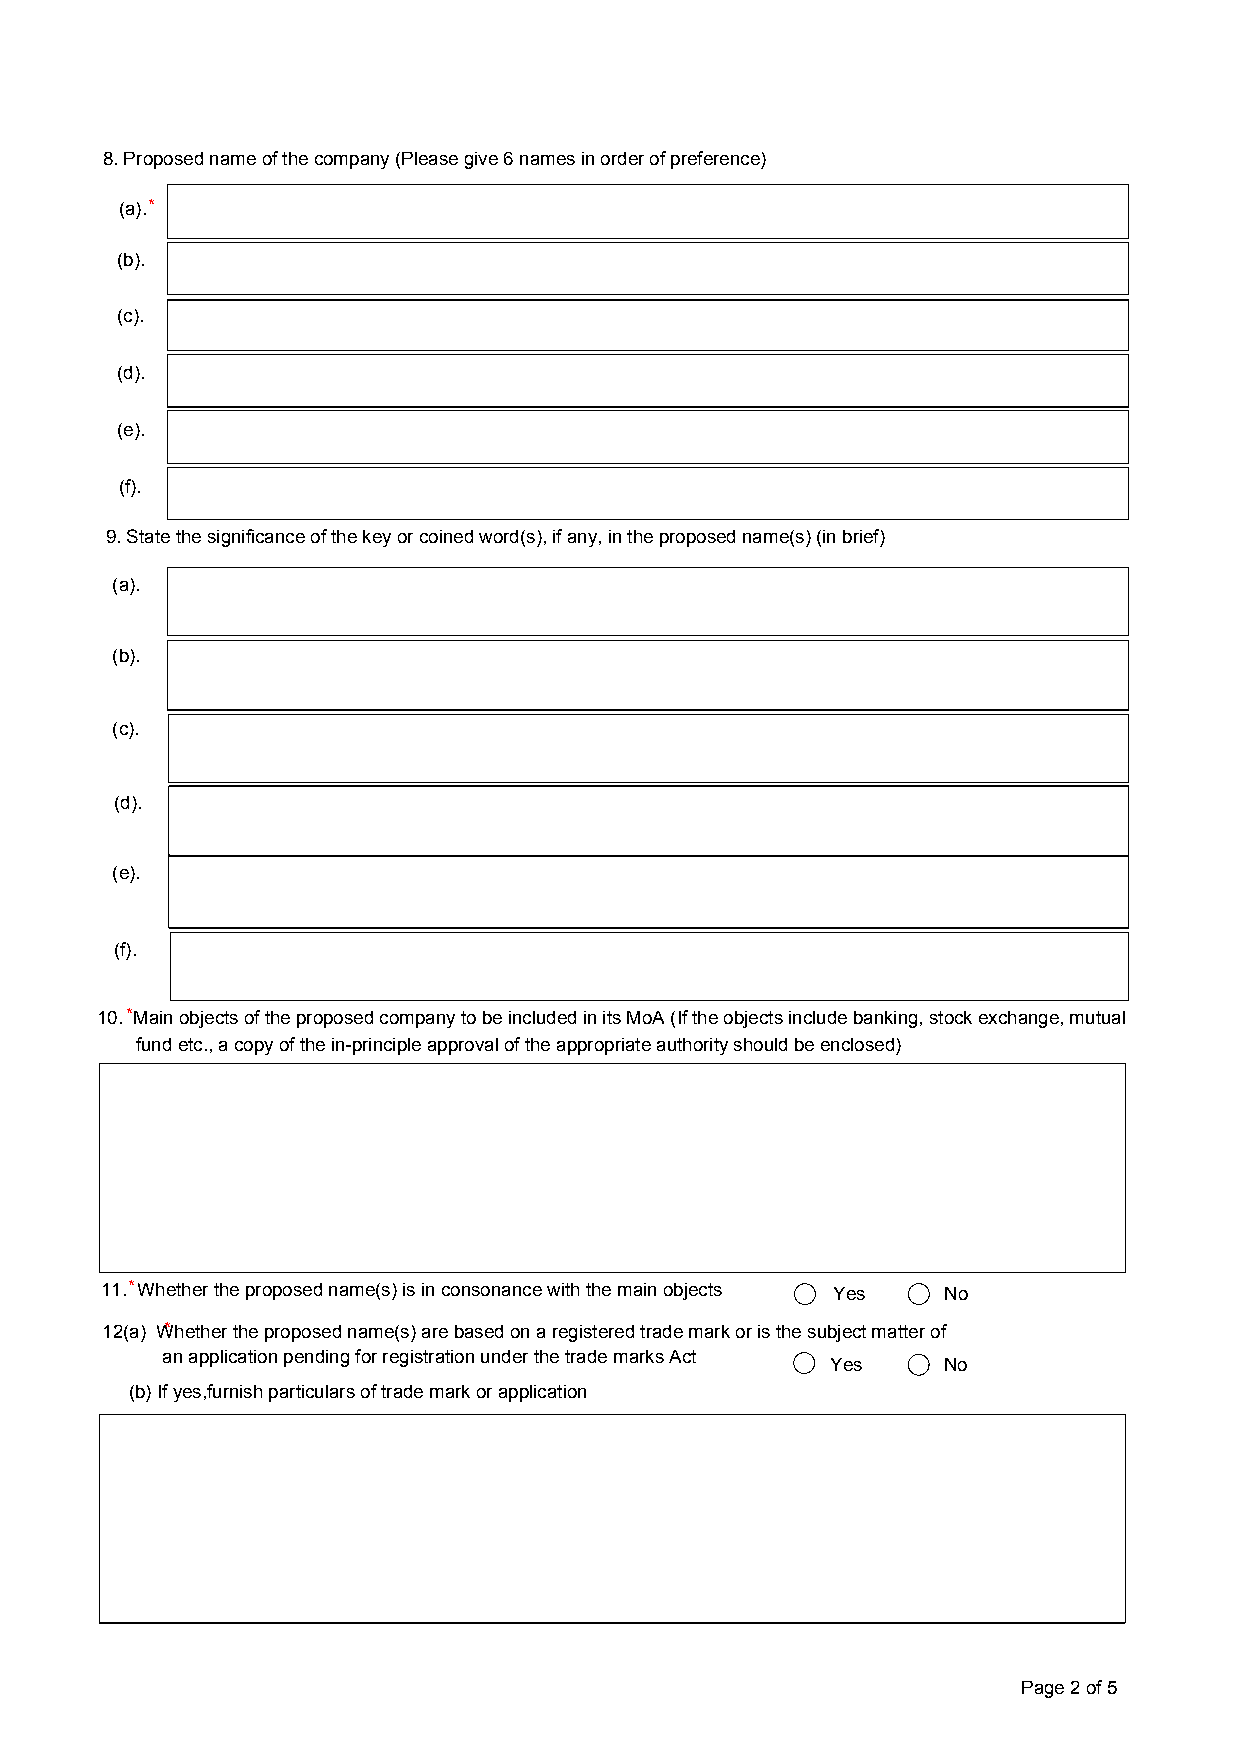
8. Proposed name of the company (Please give 6 names in order of preference)
 (a).*
 (b).
 (c).
 (d).
 (e).
 (f).
 9. State the significance of the key or coined word(s), if any, in the proposed name(s) (in brief)
 (a).
 (b).
 (c).
 (d).
 (e).
 (f).
 10. * Main objects of the proposed company to be included in its MoA (If the objects include banking, stock exchange, mutual
 fund etc., a copy of the in-principle approval of the appropriate authority should be enclosed)
 11. * Whether the proposed name(s) is in consonance with the main objects Yes No
 12(a) W*hether the proposed name(s) are based on a registered trade mark or is the subject matter of
 an application pending for registration under the trade marks Act
 Yes    No
 (b) If yes,furnish particulars of trade mark or application
 Page 2 of 5